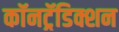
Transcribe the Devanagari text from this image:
कॉनट्रॅडिक्शन